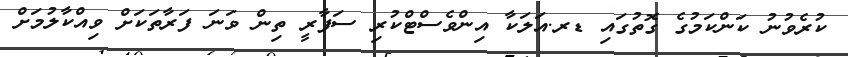
ކުރެވުނު ކަންކަމުގެ ގޮތުގައި ޑރ.އަލަކާ އިންވެސްޓްކުރި ސަފާރީ ތިން ވަނަ ފަރާތަކަށް ވިއްކާލުމަށް